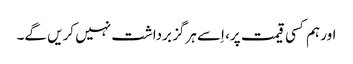
اور ہم کسی قیمت پر، اِسے ہرگز برداشت نہیں کریں گے۔